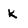
Character: K